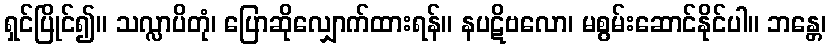
ရှင်ပြိုင်၍။ သလ္လာပိတုံ၊ ပြောဆိုလျှောက်ထားရန်။ နပဋိဗလော၊ မစွမ်းဆောင်နိုင်ပါ။ ဘန္တေ၊